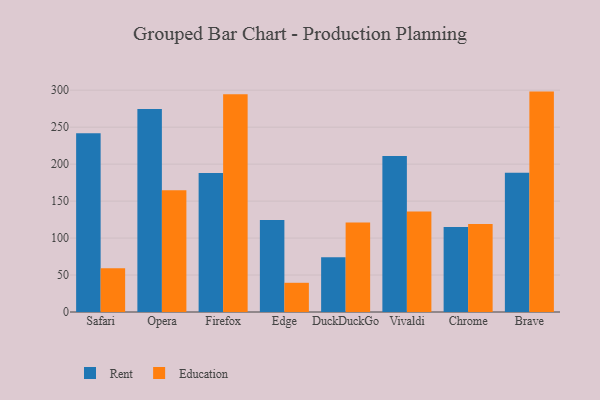
{"axis": {"x": "Browser", "y": "Website Visitors"}, "legend": ["Education", "Rent"], "data": [{"x": "Safari", "y": 241.9, "type": "Rent"}, {"x": "Safari", "y": 59.3, "type": "Education"}, {"x": "Opera", "y": 274.5, "type": "Rent"}, {"x": "Opera", "y": 164.7, "type": "Education"}, {"x": "Firefox", "y": 187.9, "type": "Rent"}, {"x": "Firefox", "y": 294.6, "type": "Education"}, {"x": "Edge", "y": 124.3, "type": "Rent"}, {"x": "Edge", "y": 39.5, "type": "Education"}, {"x": "DuckDuckGo", "y": 74.2, "type": "Rent"}, {"x": "DuckDuckGo", "y": 121.2, "type": "Education"}, {"x": "Vivaldi", "y": 211.0, "type": "Rent"}, {"x": "Vivaldi", "y": 135.8, "type": "Education"}, {"x": "Chrome", "y": 114.9, "type": "Rent"}, {"x": "Chrome", "y": 119.0, "type": "Education"}, {"x": "Brave", "y": 188.5, "type": "Rent"}, {"x": "Brave", "y": 298.1, "type": "Education"}]}